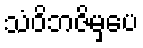
သံဝိဘဇိမှပေ